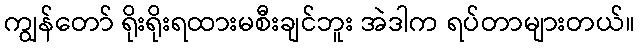
ကျွန်တော် ရိုးရိုးရထားမစီးချင်ဘူး အဲဒါက ရပ်တာများတယ်။